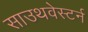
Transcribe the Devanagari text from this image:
साउथवेस्टर्न